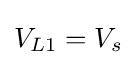
{\textstyle V_{L1}=V_{s}}